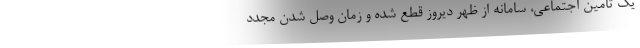
یک تامین اجتماعی، سامانه از ظهر دیروز قطع شده و زمان وصل شدن مجدد